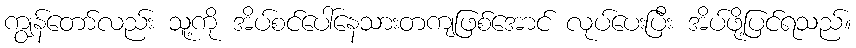
ကျွန်တော်လည်း သူ့ကို အိပ်စင်ပေါ်နေသားတကျဖြစ်အောင် လုပ်ပေးပြီး အိပ်ဖို့ပြင်ရသည်။